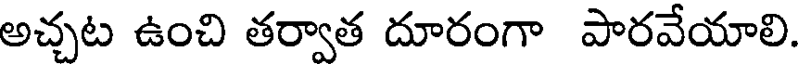
అచ్చట ఉంచి తర్వాత దూరంగా పారవేయాలి.